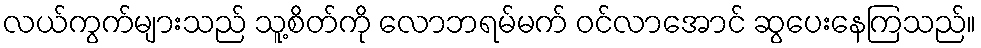
လယ်ကွက်များသည် သူ့စိတ်ကို လောဘရမ်မက် ဝင်လာအောင် ဆွပေးနေကြသည်။